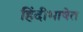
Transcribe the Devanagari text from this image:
हिंदीभाषेत